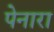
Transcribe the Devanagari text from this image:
पेनारा